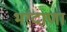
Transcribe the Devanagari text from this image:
भरदाणा